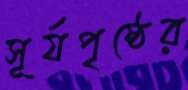
সূর্যপৃষ্ঠের